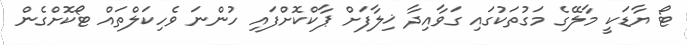
ޓޯ ޔާޑަކީ މާލޭގެ މަގުތަކުގައި ގަވާއިދާ ޚިލާފަށް ޕާކްކޮށްފައި ހުންނަ ވެހިކަލްތައް ޓޯކޮށްގެން